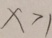
x > 1